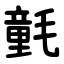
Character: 氃